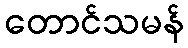
တောင်သမန်